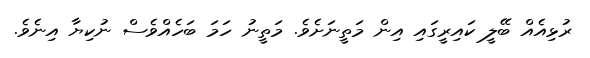
ރުޅިއެއް ބޭލީ ކައިރީގައި އިން މަތީނަށެވެ. މަތީނު ހަމަ ބަހެއްވެސް ނުކިޔާ އިނެވެ.